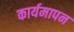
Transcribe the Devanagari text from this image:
कार्यमापन